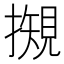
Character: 𢵅